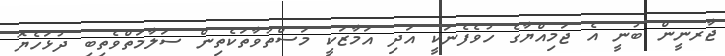
ޖާރނީން ބުނީ އެ ޖަމިއްޔާގެ ހުވެފެނަކީ އަދި އަމާޒަކީ މަސްތުވާތަކެތިން ސަލާމަތްވެތިބި ދުޅަހެޔޮ